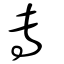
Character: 叀